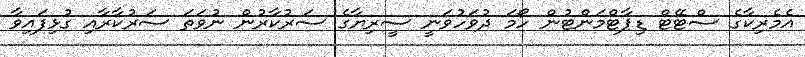
އެމެރިކާގެ ސްޓޭޓް ޑިޕާޓްމަންޓުން ހޯމަ ދުވަހުވަނީ ސީރިޔާގެ ސަރުކާރުން ނުވަތަ ސަރުކާރާއި ގުޅިފައިވާ